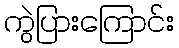
ကွဲပြားကြောင်း